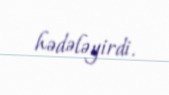
hədələyirdi.